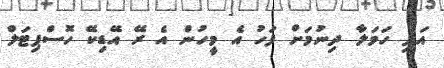
އަދި ހަމަލާ ދިނުމަށް ފަހު އެ މީހުން އެ ރޭ އޭޑިކޭ ހޮސްޕިޓަލް